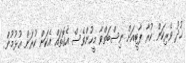
ޚުދު ވެރިކަން ކުރާ ޕާޓީއަށް ނިސްބަތްވާ މީހުންވެސް އެގޮތައް އެކަން ކުރަން އުޅުމުން